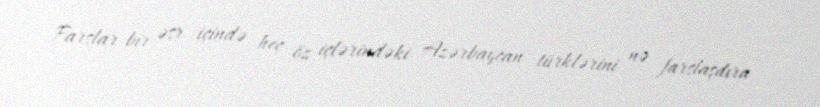
Farslar bir əsr içində heç öz içlərindəki Azərbaycan türklərini nə farslaşdıra